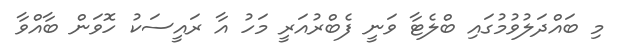
މި ބައްދަލުވުމުގައި ބްލެޓާ ވަނީ ފެބްރުއަރީ މަހު އާ ރައީސަކު ހޮވަން ބާއްވާ